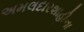
અમલદારશાહીના